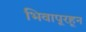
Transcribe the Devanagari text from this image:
भिवापूरहून